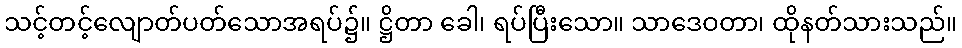
သင့်တင့်လျောတ်ပတ်သောအရပ်၌။ ဋ္ဌိတာ ခေါ၊ ရပ်ပြီးသော။ သာဒေဝတာ၊ ထိုနတ်သားသည်။